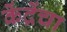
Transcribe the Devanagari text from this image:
केंद्रेंचा